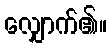
လျှောက်၏။